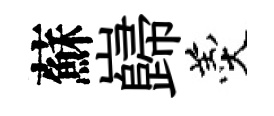
蘇巋羹